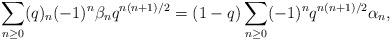
\begin{align*}\sum_{n\ge0}(q)_{n}(-1)^n\beta_nq^{n(n+1)/2}=(1-q)\sum_{n\ge0}(-1)^nq^{n(n+1)/2}\alpha_n,\end{align*}